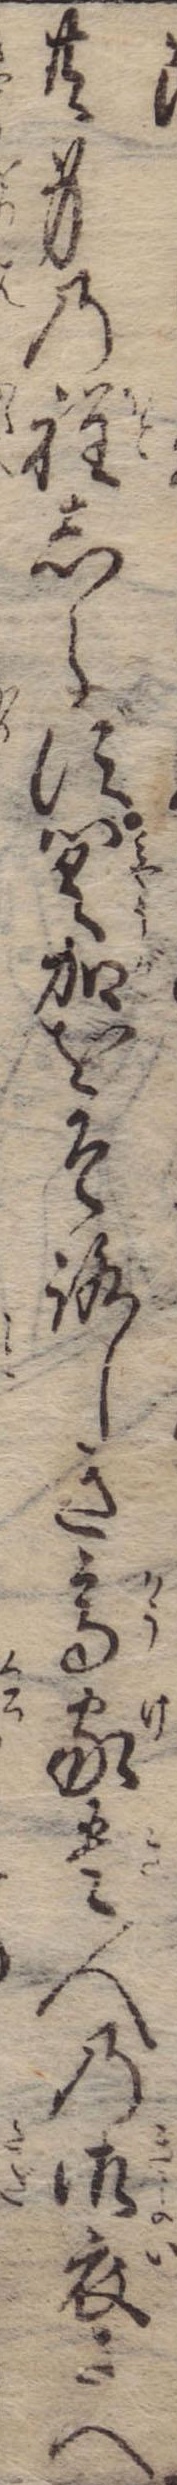
共身の程しらず冥加をそろしき高家貴人の御衣さへ